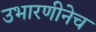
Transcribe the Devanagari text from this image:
उभारणीनेच